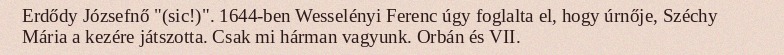
Erdődy Józsefnő "(sic!)". 1644-ben Wesselényi Ferenc úgy foglalta el, hogy úrnője, Széchy Mária a kezére játszotta. Csak mi hárman vagyunk. Orbán és VII.